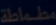
Transcribed